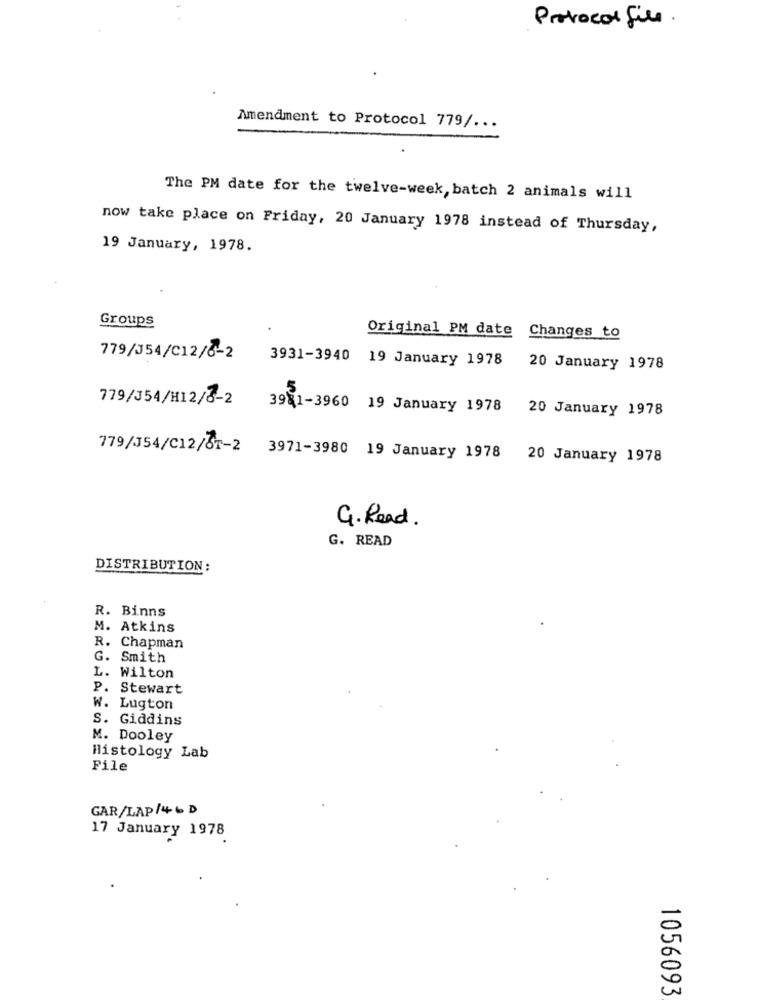
Protocol file.
Amendment to Protocol 779/ ...
The PM date for the twelve-week, batch 2 animals will
now take place on Friday, 20 January 1978 instead of Thursday,
19 January, 1978.
Groups
Original PM date Changes to
779/J54/C12/6-2
3931-3940 19 January 1978
20 January 1978
779/354/H12/3-2
3981-3960 19 January 1978
20 January 1978
779/354/C12/87-2
3971-3980 19 January 1978 20 January 1978
G. Read.
G. READ
DISTRIBUTION:
R. Binns
M. Atkins
R. Chapman
G. Smith
L. Wilton
P. Stewart
W. Lugton
S. Giddins
M. Dooley
Histology Lab
File
GAR/LAP/46 D
17 January 1978
1056093